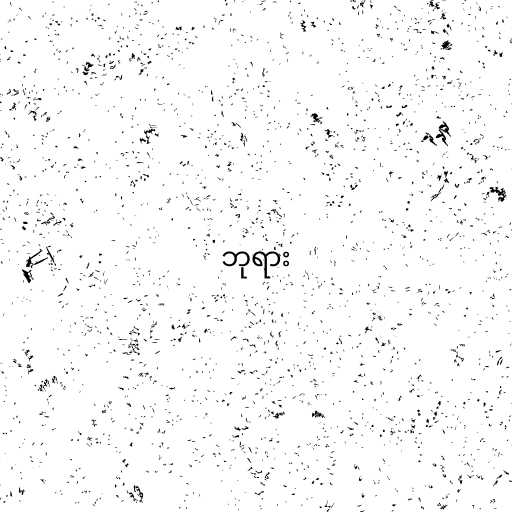
ဘုရား